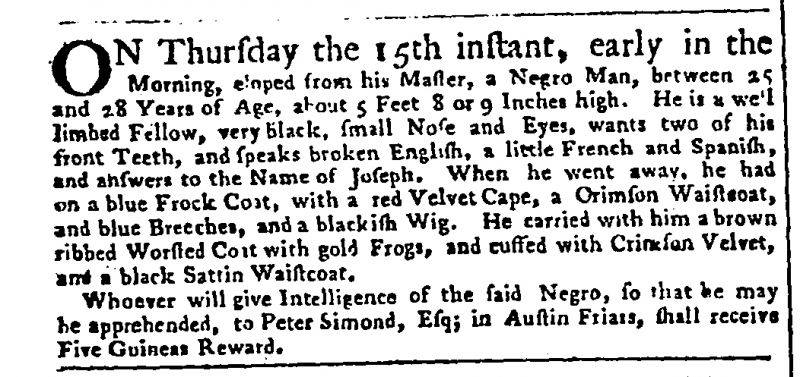
Public Advertiser, 17 June 1758 (England)
ON Thursday the 15th instant, early in the Morning, eloped from his Master, a Negro Man, between 25 and 28 Years of Age, about 5 Feet 8 or 9 Inches high. He is a well limbed Fellow, very black, small Nose and Eyes, wants two of his front Teeth, and speaks broken English, a little French and Spanish, and answers to the Name of Joseph. When he went away, he had on a blue Frock Coat, with a red Velvet Cape, a Crimson Waistcoat, and blue Breeches, and a blackish Wig. He carried with him a brown ribbed Worsted Coat with gold Frogs, and cuffed with Crimson Velvet, and a black Sattin Waistcoat.  Whoever will give Intelligence of the said Negro, so that he may be apprehended, to Peter Simond, Esq; in Austin Friars, shall receive Five Guineas Reward.